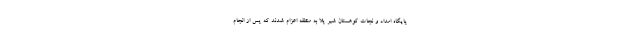
پایگاه امداد و نجات کوهستان شیر پلا به منطقه اعزام شدند که پس از انجام